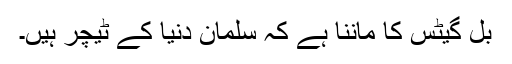
بل گیٹس کا ماننا ہے کہ سلمان دنیا کے ٹیچر ہیں۔